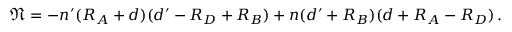
\mathfrak { N } = - n ^ { \prime } ( R _ { A } + d ) ( d ^ { \prime } - R _ { D } + R _ { B } ) + n ( d ^ { \prime } + R _ { B } ) ( d + R _ { A } - R _ { D } ) \, .